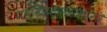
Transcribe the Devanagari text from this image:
महाराष्ट्रसरकारने